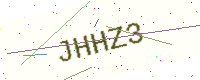
Text: JHHZ3